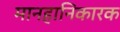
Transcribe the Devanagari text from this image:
मानहानिकारक